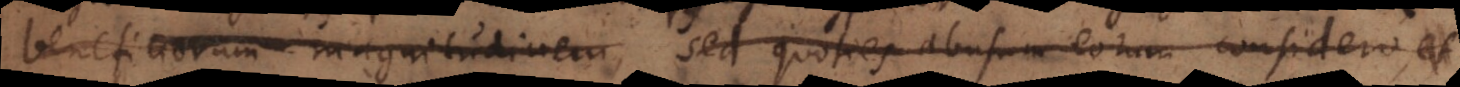
beneficiorum magnitudinem, sed quoties abusum eorum considero, et